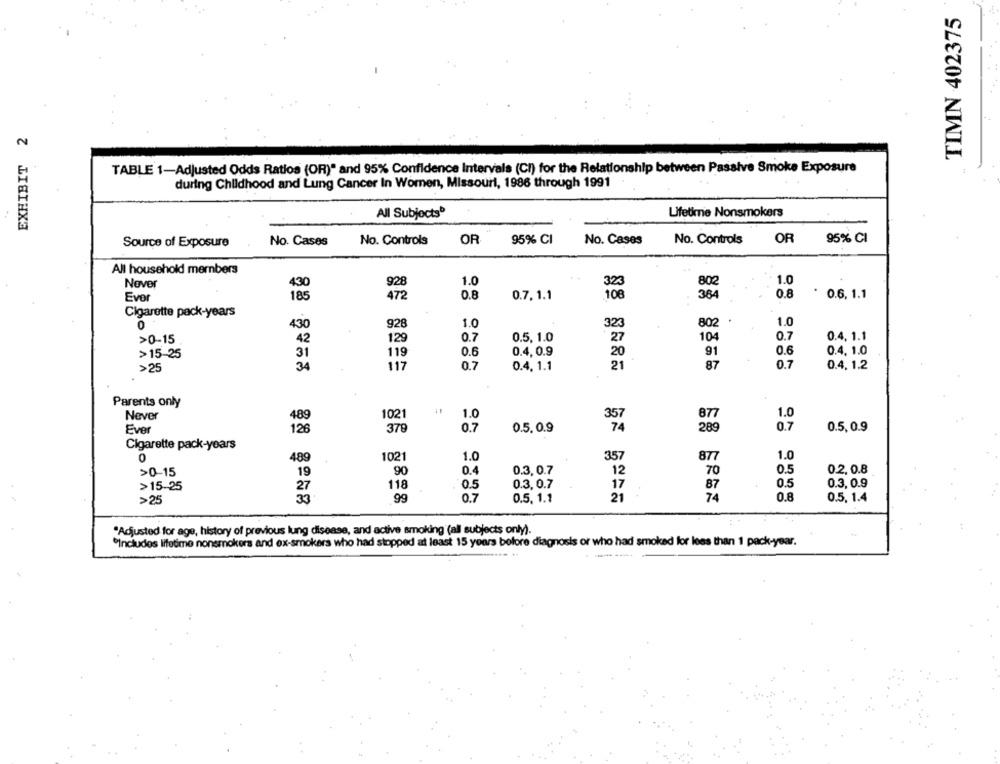
TIMN 402375
EXHIBIT 2
TABLE 1-Adjusted Odds Ratios (OR)" and 95% Confidence Intervals (CI) for the Relationship between Passive Smoke Exposure
during Childhood and Lung Cancer In Women, Missouri, 1986 through 1991
All Subjects®
Lifetime Nonsmokers
95% CI
Source of Exposure
No. Cases
No. Controls
OR
95% CI
No. Cases
No. Controls
OR
All household members
928
1.0
1.0
Never
430
802
Evor
185
472
0.8
0.7. 1.1
108
364
0.8
* 0.6. 1.1
Cigarette pack-years
0
430
928
1.0
323
802
1.0
0.7
0.4. 1.1
>0-15
42
129
0.7
0.5, 1.0
27
104
0.6
0.4, 0.9
91
0.6
0.4. 1.0
>15-25
31
119
20
>25
34
117
0.7
0.4. 1.1
87
0.7
0.4. 1.2
Parents only
1.0
Never
489
1021
877
Ever
378
0.5.0.9
289
0.7
0.5, 0.9
126
Cigarette pack-years
0
489
1021
1.0
357
877
1.0
>0-15
19
90
0.4
0.3, 0.7
12
70
0.5
0.2. 0.8
>15-25
27
118
0.5
0.3, 0.7
17
87
0.5
0.3, 0.9
21
74
>25
33
99
0.7
0.5. 1.1
0.8
0.5. 1.4
"Adjusted for age, history of previous lung disease, and active smoking (all subjects only).
"Includes lifetime nonsmokers and ex-smokers who had stopped at least 15 years before diagnosis or who had smoked for less than 1 pack-year.